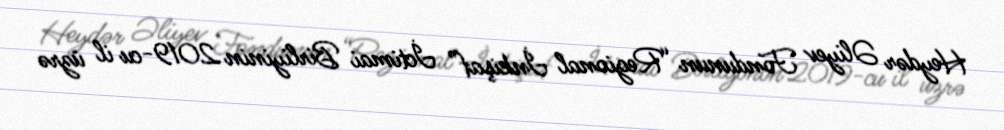
Heydər Əliyev Fondunun “Regional İnkişaf” İctimai Birliyinin 2019-cu il üzrə